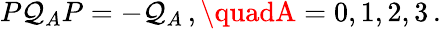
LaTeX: P\mathcal{Q}_{A}P=-\mathcal{Q}_{A}\, ,\quadA=0,1,2,3\, .